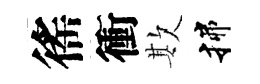
徭衝欺揲